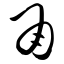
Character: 甬